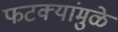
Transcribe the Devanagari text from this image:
फटक्यांमुळे